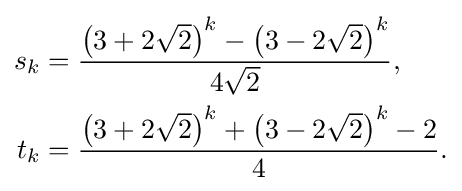
\displaystyle {\begin{aligned}s_{k}&={\frac {\left(3+2{\sqrt {2}}\right)^{k}-\left(3-2{\sqrt {2}}\right)^{k}}{4{\sqrt {2}}}},\\t_{k}&={\frac {\left(3+2{\sqrt {2}}\right)^{k}+\left(3-2{\sqrt {2}}\right)^{k}-2}{4}}.\end{aligned}}